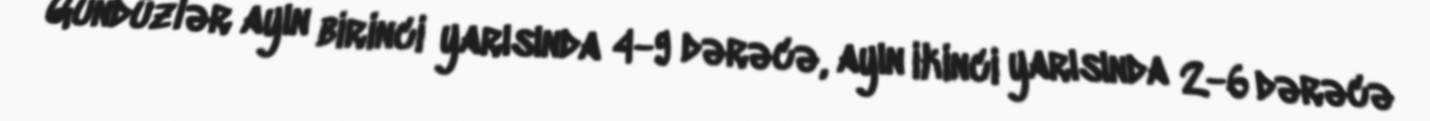
Gündüzlər ayın birinci yarısında 4-9 dərəcə, ayın ikinci yarısında 2-6 dərəcə